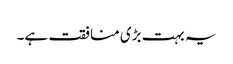
یہ بہت بڑی منافقت ہے۔